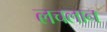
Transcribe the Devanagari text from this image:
लचलान